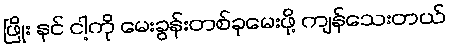
ဖြိုး နင် ငါ့ကို မေးခွန်းတစ်ခုမေးဖို့ ကျန်သေးတယ်